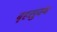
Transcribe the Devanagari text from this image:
बृहसुक्थ